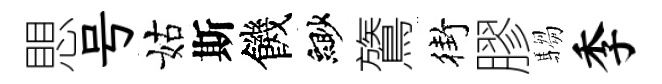
愳号姑斯饑緲鷟街膠騶季